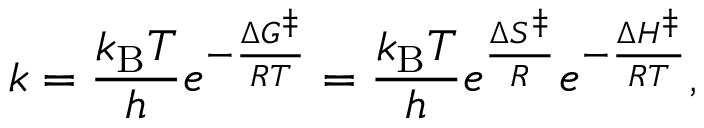
k = { \frac { k _ { \mathrm { { B } } } T } { h } } e ^ { - { \frac { \Delta G ^ { \ddagger } } { R T } } } = { \frac { k _ { \mathrm { { B } } } T } { h } } e ^ { \frac { \Delta S ^ { \ddagger } } { R } } e ^ { - { \frac { \Delta H ^ { \ddagger } } { R T } } } ,